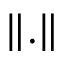
\lVert . \rVert